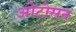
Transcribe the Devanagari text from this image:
ओटोसन